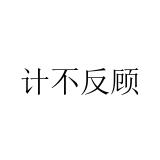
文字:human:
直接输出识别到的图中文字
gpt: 计不反顾